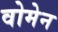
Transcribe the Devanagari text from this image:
वोमेन